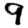
Digit: 9